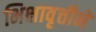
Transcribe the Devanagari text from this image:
भिक्षावृत्तीने